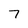
Character: 7